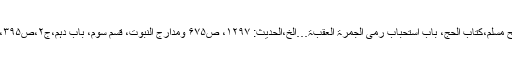
صحیح مسلم،کتاب الحج، باب استحباب رمی الجمرۃ العقبۃ…الخ،الحدیث: ۱۲۹۷، ص۶۷۵ ومدارج النبوت، قسم سوم، باب دہم،ج۲،ص۳۹۳،۳۹۵۔